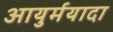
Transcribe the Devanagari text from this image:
आयुर्मयादा